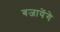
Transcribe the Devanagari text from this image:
बजायेंगे